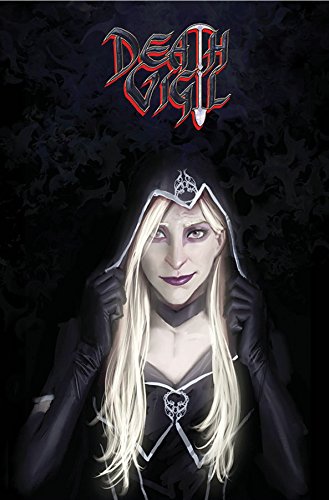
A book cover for Death Vigil Volume 1 (Death Vigil Tp); Stjepan Sejic; Comics & Graphic Novels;